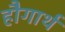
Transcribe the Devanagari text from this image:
हौगार्थ